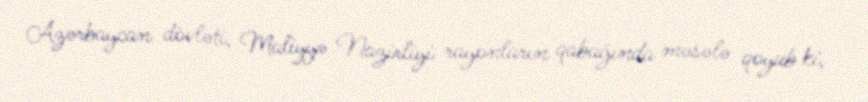
Azərbaycan dövləti, Maliyyə Nazirliyi rayonların qabağında məsələ qoyub ki,